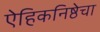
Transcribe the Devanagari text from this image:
ऐहिकनिष्ठेचा